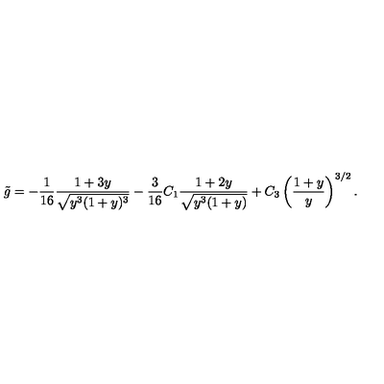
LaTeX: { \tilde { g } } = - \frac { 1 } { 1 6 } \frac { 1 + 3 y } { \sqrt { y ^ { 3 } ( 1 + y ) ^ { 3 } } } - \frac { 3 } { 1 6 } C _ { 1 } \frac { 1 + 2 y } { \sqrt { y ^ { 3 } ( 1 + y ) } } + C _ { 3 } \left( \frac { 1 + y } { y } \right) ^ { 3 / 2 } .